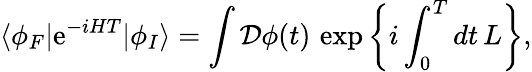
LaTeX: \langle\phi_{F}|\mathrm{e}^{-iHT}|\phi_{I}\rangle=\int{\mathcal{{D}}}\phi(t)\, \exp\left\{ i\int_{0}^{T}dt\, L\right\} ,